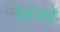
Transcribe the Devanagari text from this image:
देशआहे